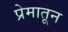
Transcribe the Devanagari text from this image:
प्रेमातून